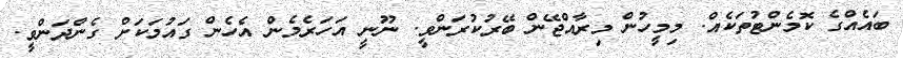
ބައެއްގެ ކޮމެންޓުތަކެއް. މިމީހުން މިރާއްޖޭން ބޭރުކުރަންވީ. ނޫނީ އަހަރެމެން އެހެން ގައުމަކަށް ގެންދަންވީ.